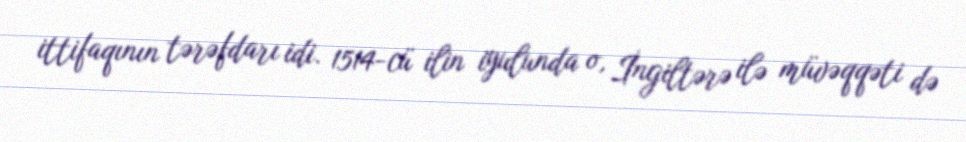
ittifaqının tərəfdarı idi. 1514-cü ilin iyulunda o, İngiltərə ilə müvəqqəti də